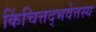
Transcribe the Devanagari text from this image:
किंचित्तद्भवेत्तस्य